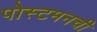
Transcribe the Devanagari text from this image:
पोस्टमनची